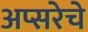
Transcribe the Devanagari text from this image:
अप्सरेचे